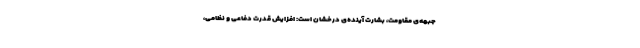
جبهه‌ی مقاومت، بشارتِ آینده‌ی درخشان است: افزایش قدرت دفاعی و نظامی،